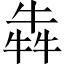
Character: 犇